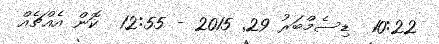
10:22  ޑިސެމްބަރު 29